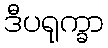
ဒီပရုက္ခာ